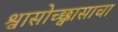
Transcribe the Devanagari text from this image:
श्वासोच्छ्वासाचा